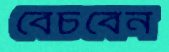
বেচবেন